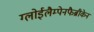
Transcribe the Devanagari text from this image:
ग्लोईलैम्पेनफैब्रीकेन